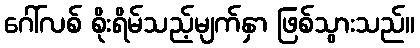
ဂေါ်လစ် စိုးရိမ်သည့်မျက်နှာ ဖြစ်သွားသည်။